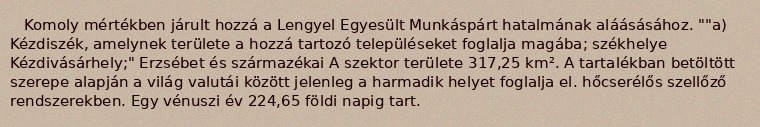
Komoly mértékben járult hozzá a Lengyel Egyesült Munkáspárt hatalmának aláásásához. ""a) Kézdiszék, amelynek területe a hozzá tartozó településeket foglalja magába; székhelye Kézdivásárhely;" Erzsébet és származékai A szektor területe 317,25 km². A tartalékban betöltött szerepe alapján a világ valutái között jelenleg a harmadik helyet foglalja el. hőcserélős szellőző rendszerekben. Egy vénuszi év 224,65 földi napig tart.